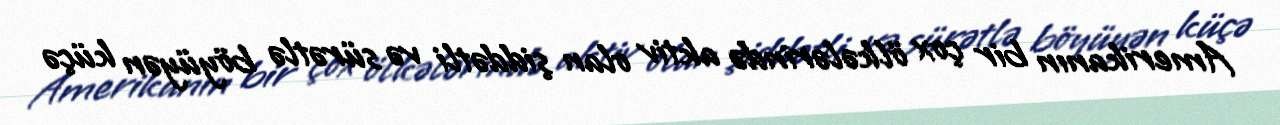
Amerikanın bir çox ölkələrində aktiv olan şiddətli və sürətlə böyüyən küçə